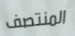
المنتصف